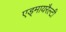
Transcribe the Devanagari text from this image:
एड्मायरैल्टी